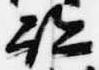
跡